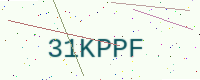
Text: 31KPPF